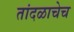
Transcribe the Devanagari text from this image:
तांदळाचेच